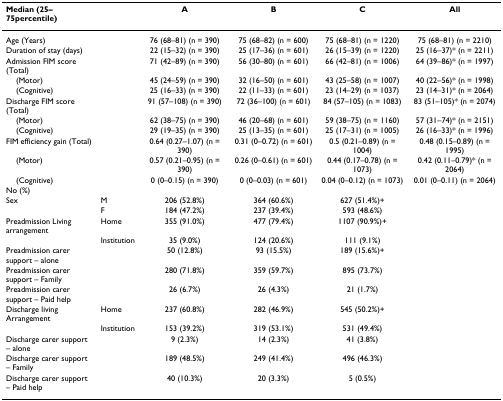
<table><thead><tr><td><b>Median (25–75percentile)</b></td><td></td><td><b>A</b></td><td><b>B</b></td><td><b>C</b></td><td><b>All</b></td></tr></thead><tbody><tr><td>Age (Years)</td><td></td><td>76 (68–81) (n = 390)</td><td>75 (68–82) (n = 600)</td><td>75 (68–81) (n = 1220)</td><td>75 (68–81) (n = 2210)</td></tr><tr><td>Duration of stay (days)</td><td></td><td>22 (15–32) (n = 390)</td><td>25 (17–36) (n = 601)</td><td>26 (15–39) (n = 1220)</td><td>25 (16–37)* (n = 2211)</td></tr><tr><td>Admission FIM score (Total)</td><td></td><td>71 (42–89) (n = 390)</td><td>56 (30–80) (n = 601)</td><td>66 (42–81) (n = 1006)</td><td>64 (39–86)* (n = 1997)</td></tr><tr><td> (Motor)</td><td></td><td>45 (24–59) (n = 390)</td><td>32 (16–50) (n = 601)</td><td>43 (25–58) (n = 1007)</td><td>40 (22–56)* (n = 1998)</td></tr><tr><td> (Cognitive)</td><td></td><td>25 (16–33) (n = 390)</td><td>22 (11–33) (n = 601)</td><td>23 (14–29) (n = 1037)</td><td>23 (14–31)* (n = 2064)</td></tr><tr><td>Discharge FIM score (Total)</td><td></td><td>91 (57–108) (n = 390)</td><td>72 (36–100) (n = 601)</td><td>84 (57–105) (n = 1083)</td><td>83 (51–105)* (n = 2074)</td></tr><tr><td> (Motor)</td><td></td><td>62 (38–75) (n = 390)</td><td>46 (20–68) (n = 601)</td><td>59 (38–75) (n = 1160)</td><td>57 (31–74)* (n = 2151)</td></tr><tr><td> (Cognitive)</td><td></td><td>29 (19–35) (n = 390)</td><td>25 (13–35) (n = 601)</td><td>25 (17–31) (n = 1005)</td><td>26 (16–33)* (n = 1996)</td></tr><tr><td>FIM efficiency gain (Total)</td><td></td><td>0.64 (0.27–1.07) (n = 390)</td><td>0.31 (0–0.72) (n = 601)</td><td>0.5 (0.21–0.89) (n = 1004)</td><td>0.48 (0.15–0.89) (n = 1995)</td></tr><tr><td> (Motor)</td><td></td><td>0.57 (0.21–0.95) (n = 390)</td><td>0.26 (0–0.61) (n = 601)</td><td>0.44 (0.17–0.78) (n = 1073)</td><td>0.42 (0.11–0.79)* (n = 2064)</td></tr><tr><td> (Cognitive)</td><td></td><td>0 (0–0.15) (n = 390)</td><td>0 (0–0.03) (n = 601)</td><td>0.04 (0–0.12) (n = 1073)</td><td>0.01 (0–0.11) (n = 2064)</td></tr><tr><td>No (%)</td><td></td><td></td><td></td><td></td><td></td></tr><tr><td>Sex</td><td>M</td><td>206 (52.8%)</td><td>364 (60.6%)</td><td>627 (51.4%)+</td><td></td></tr><tr><td></td><td>F</td><td>184 (47.2%)</td><td>237 (39.4%)</td><td>593 (48.6%)</td><td></td></tr><tr><td>Preadmission Living arrangement</td><td>Home</td><td>355 (91.0%)</td><td>477 (79.4%)</td><td>1107 (90.9%)+</td><td></td></tr><tr><td></td><td>Institution</td><td>35 (9.0%)</td><td>124 (20.6%)</td><td>111 (9.1%)</td><td></td></tr><tr><td>Preadmission carer support – alone</td><td></td><td>50 (12.8%)</td><td>93 (15.5%)</td><td>189 (15.6%)+</td><td></td></tr><tr><td>Preadmission carer support – Family</td><td></td><td>280 (71.8%)</td><td>359 (59.7%)</td><td>895 (73.7%)</td><td></td></tr><tr><td>Preadmission carer support – Paid help</td><td></td><td>26 (6.7%)</td><td>26 (4.3%)</td><td>21 (1.7%)</td><td></td></tr><tr><td>Discharge living Arrangement</td><td>Home</td><td>237 (60.8%)</td><td>282 (46.9%)</td><td>545 (50.2%)+</td><td></td></tr><tr><td></td><td>Institution</td><td>153 (39.2%)</td><td>319 (53.1%)</td><td>531 (49.4%)</td><td></td></tr><tr><td>Discharge carer support – alone</td><td></td><td>9 (2.3%)</td><td>14 (2.3%)</td><td>41 (3.8%)</td><td></td></tr><tr><td>Discharge carer support – Family</td><td></td><td>189 (48.5%)</td><td>249 (41.4%)</td><td>496 (46.3%)</td><td></td></tr><tr><td>Discharge carer support – Paid help</td><td></td><td>40 (10.3%)</td><td>20 (3.3%)</td><td>5 (0.5%)</td><td></td></tr></tbody></table>